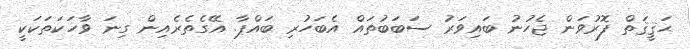
ޙަޤީޤަތް ފޮރުވަން ޖެހުނު ބައިވަރު ސަބަބުތައް އެބަހުރި ބައްޕާ. އޭގެތެރެއިން ގިނަ ވާހަކަތަކަކީ